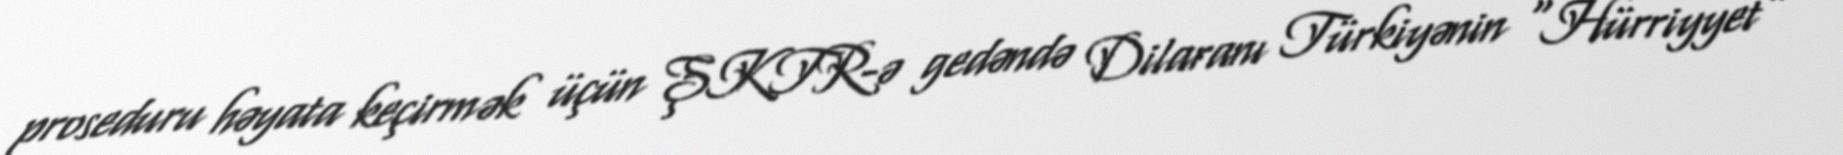
proseduru həyata keçirmək üçün ŞKTR-ə gedəndə Dilaranı Türkiyənin “Hürriyyet”